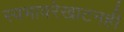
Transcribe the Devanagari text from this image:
स्वभावरेखाटनही